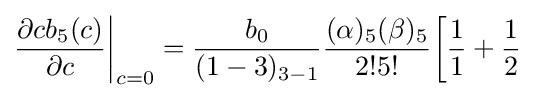
{\frac {\partial cb_{5}(c)}{\partial c}}{\bigg \vert }_{c=0}={\frac {b_{0}}{(1-3)_{3-1}}}{\frac {(\alpha )_{5}(\beta )_{5}}{2!5!}}{\bigg [}{\frac {1}{1}}+{\frac {1}{2}}